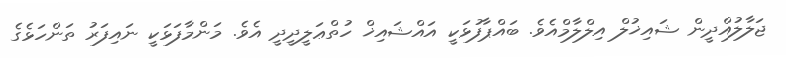
ޖަލާލުއްދީން ޝައިޚުލް އިލްލާމްއެވެ. ބައްޕާފުޅަކީ އައްޝައިޚް ހުތްޢަލީދީދީ އެވެ. މަންމާފަޅަކީ ނައިފަރު ތަންހަޅެގެ